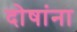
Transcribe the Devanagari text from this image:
दोषांना